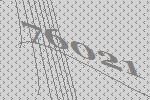
76021